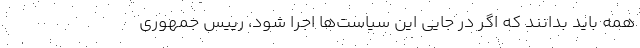
همه باید بدانند که اگر در جایی این سیاست‌ها اجرا شود، رییس جمهوری